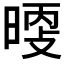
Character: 𰖖